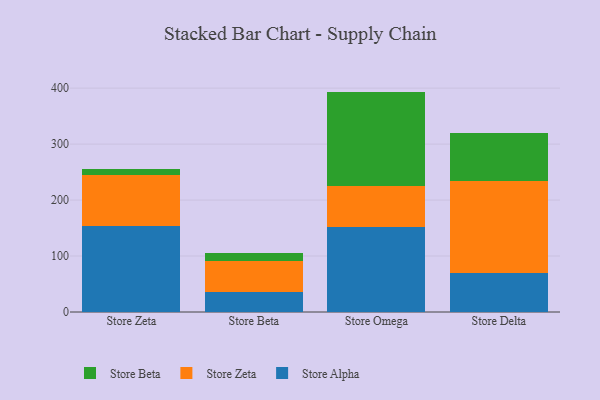
{"axis": {"x": "Store", "y": "Customer Acquisition Cost (USD)"}, "legend": ["Store Alpha", "Store Beta", "Store Zeta"], "data": [{"x": "Store Zeta", "y": 153.3, "type": "Store Alpha"}, {"x": "Store Zeta", "y": 91.5, "type": "Store Zeta"}, {"x": "Store Zeta", "y": 10.9, "type": "Store Beta"}, {"x": "Store Beta", "y": 36.6, "type": "Store Alpha"}, {"x": "Store Beta", "y": 54.6, "type": "Store Zeta"}, {"x": "Store Beta", "y": 14.7, "type": "Store Beta"}, {"x": "Store Omega", "y": 151.1, "type": "Store Alpha"}, {"x": "Store Omega", "y": 73.8, "type": "Store Zeta"}, {"x": "Store Omega", "y": 168.9, "type": "Store Beta"}, {"x": "Store Delta", "y": 70.1, "type": "Store Alpha"}, {"x": "Store Delta", "y": 164.0, "type": "Store Zeta"}, {"x": "Store Delta", "y": 85.7, "type": "Store Beta"}]}